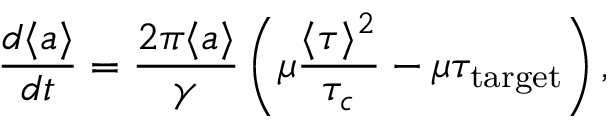
\frac { d \langle a \rangle } { d t } = \frac { 2 \pi \langle a \rangle } { \gamma } \left( \mu \frac { \langle \tau \rangle ^ { 2 } } { \tau _ { c } } - \mu \tau _ { \mathrm { t a r g e t } } \right) ,